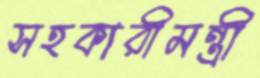
সহকারীমন্ত্রী